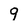
Character: 9